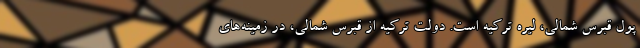
پول قبرس شمالی، لیره ترکیه است. دولت ترکیه از قبرس شمالی، در زمینه‌های